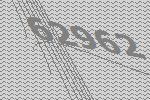
62962